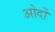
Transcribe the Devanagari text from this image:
ओदों